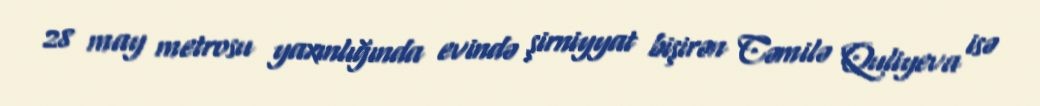
28 may metrosu yaxınlığında evində şirniyyat bişirən Cəmilə Quliyeva isə